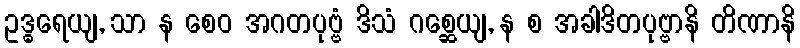
ဥဒ္ဓရေယျ, သာ န စေဝ အဂတပုဗ္ဗံ ဒိသံ ဂစ္ဆေယျ, န စ အခါဒိတပုဗ္ဗာနိ တိဏာနိ